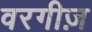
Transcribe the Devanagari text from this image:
वरगीज़